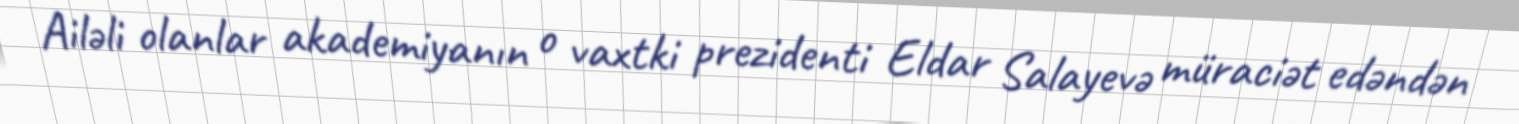
Ailəli olanlar akademiyanın o vaxtki prezidenti Eldar Salayevə müraciət edəndən